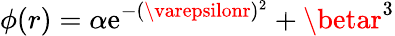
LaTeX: \phi(r)=\alpha\mathrm{e}^{-(\varepsilonr)^{2}}+\betar^{3}